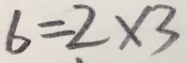
6 = 2 \times 3